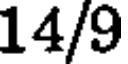
14/9